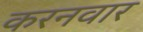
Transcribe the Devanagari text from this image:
करनवार